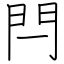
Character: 閂